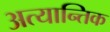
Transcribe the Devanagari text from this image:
अत्यान्तिक